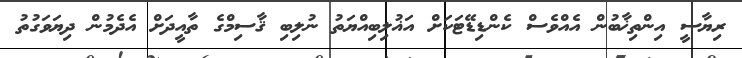
ރިޔާސީ އިންތިޚާބުން އެއްވެސް ކެންޑިޑޭޓަކަށް އަޣުލިބިއްޔަތު ނުލިބި ޤާސިމްގެ ތާއީދަށް އެދެމުން ދިޔަވަގުތު